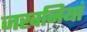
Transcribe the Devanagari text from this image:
जखनियां